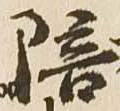
陪